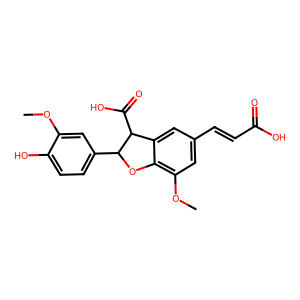
SMILES: COc1cc(C2Oc3c(OC)cc(C=CC(=O)O)cc3C2C(=O)O)ccc1O
Inhibits HIV replication: Yes